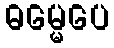
ဓမ္မေပေ